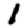
Digit: 1